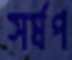
সর্ষপ